Civil Veterinary Dept. Assam report 1927-50 - 1927-1950
Year: 1927
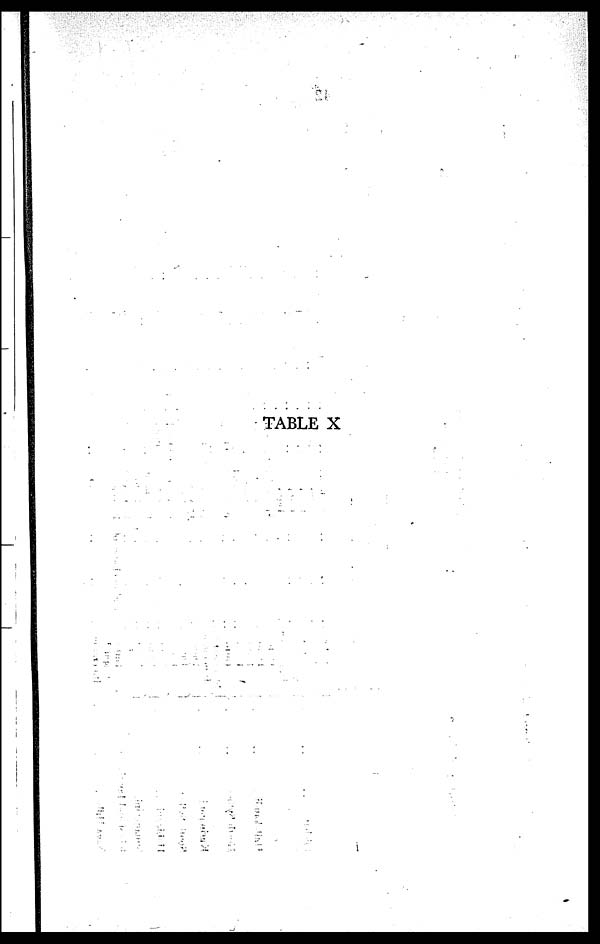
TABLE X